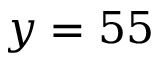
y = 5 5